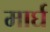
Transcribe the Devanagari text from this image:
मार्घ